Bréfritari: Daníel Halldórsson
Dagsetning: A-1884-03-23
Skrifað á: Hólmum

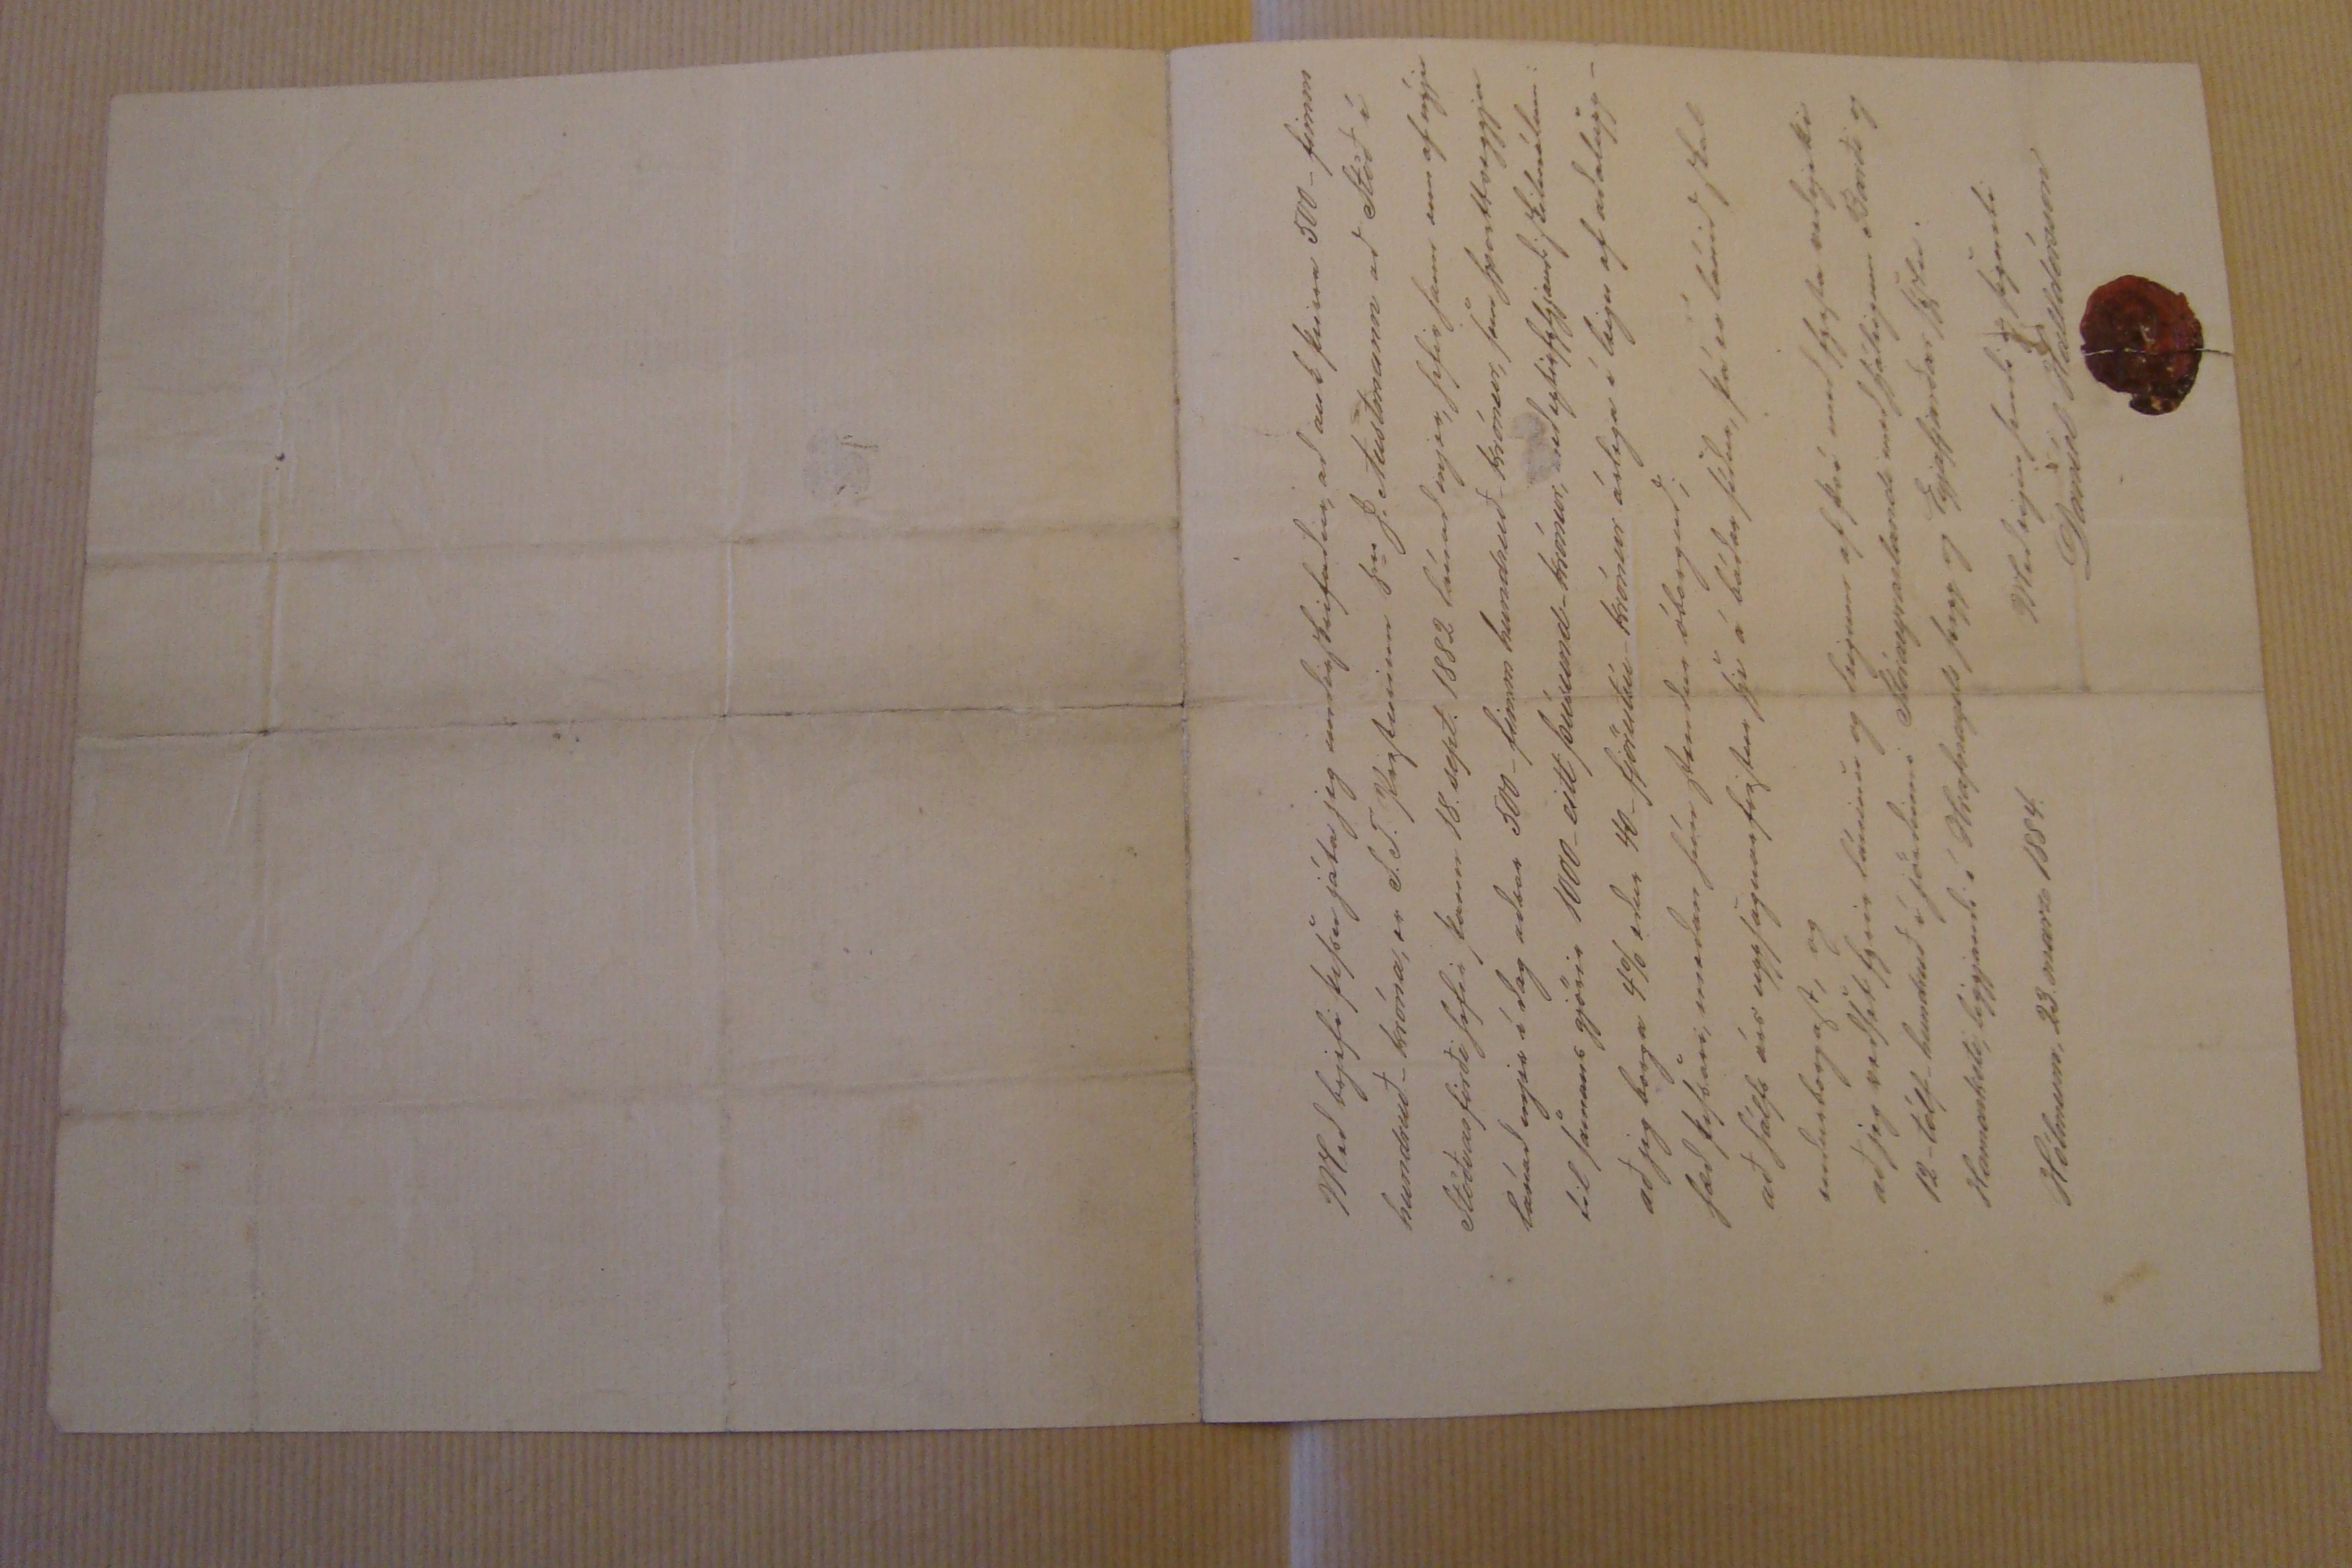

Með brjefi þessu játa jeg undirskrifaður, að auk þeirra 500- fimm hundruð- króna, er S. J. pósturinn ser J. Austmann að Stöð í Stöðvarfirði hefur þann 18. sept 1882 lánað mjer, hefir hann enn af nýju lánað mjer í dag aðrar 500- fimm hundruð krónur, sem hvorttveggja til samans gjörir 1000- eitt þúsund- krónur, með eptirfylgjandi skilmálum: að jeg borga 4% eður 40- fjörutíu- krónur árlega í leigu af aðalupp- hæð þessari, meðan hún stendur óborguð; að hálfs árs uppsagnarfrestur sje á báðar síður, þá er lánið skal endurborgast, og að jeg veðset fyrir láninu og leigum af því með fyrsta veðrjetti 12- tólf_hundurð í jörðinni Stóreyrarlandi með
hjáleigum
Barði og Hamarkoti, liggjandi í Hrafnagils
hrepp
og Eyjafjarðar syslu.
Hólmum, 23. marz 1884
Með eigin hendi og
þj00sti
Daníel Halldórsson